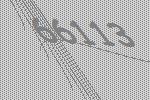
66113